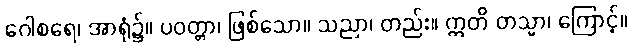
ဂေါစရေ၊ အာရုံ၌။ ပဝတ္တာ၊ ဖြစ်သော။ သညာ၊ တည်း။ ဣတိ တသ္မာ၊ ကြောင့်။